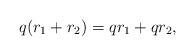
LaTeX: \begin{align*}q (r_1 + r_2) = qr_1 + qr_2,\end{align*}